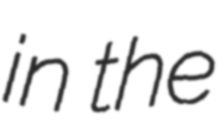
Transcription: in the